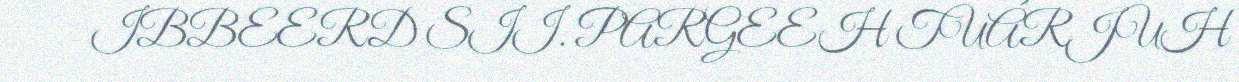
IBBEERD SII. PARGEEH TUÁRJUH